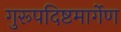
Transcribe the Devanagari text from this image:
गुरूपदिष्टमार्गेण